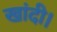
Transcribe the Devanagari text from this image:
खांदी।